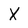
Character: X